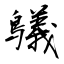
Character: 鸃